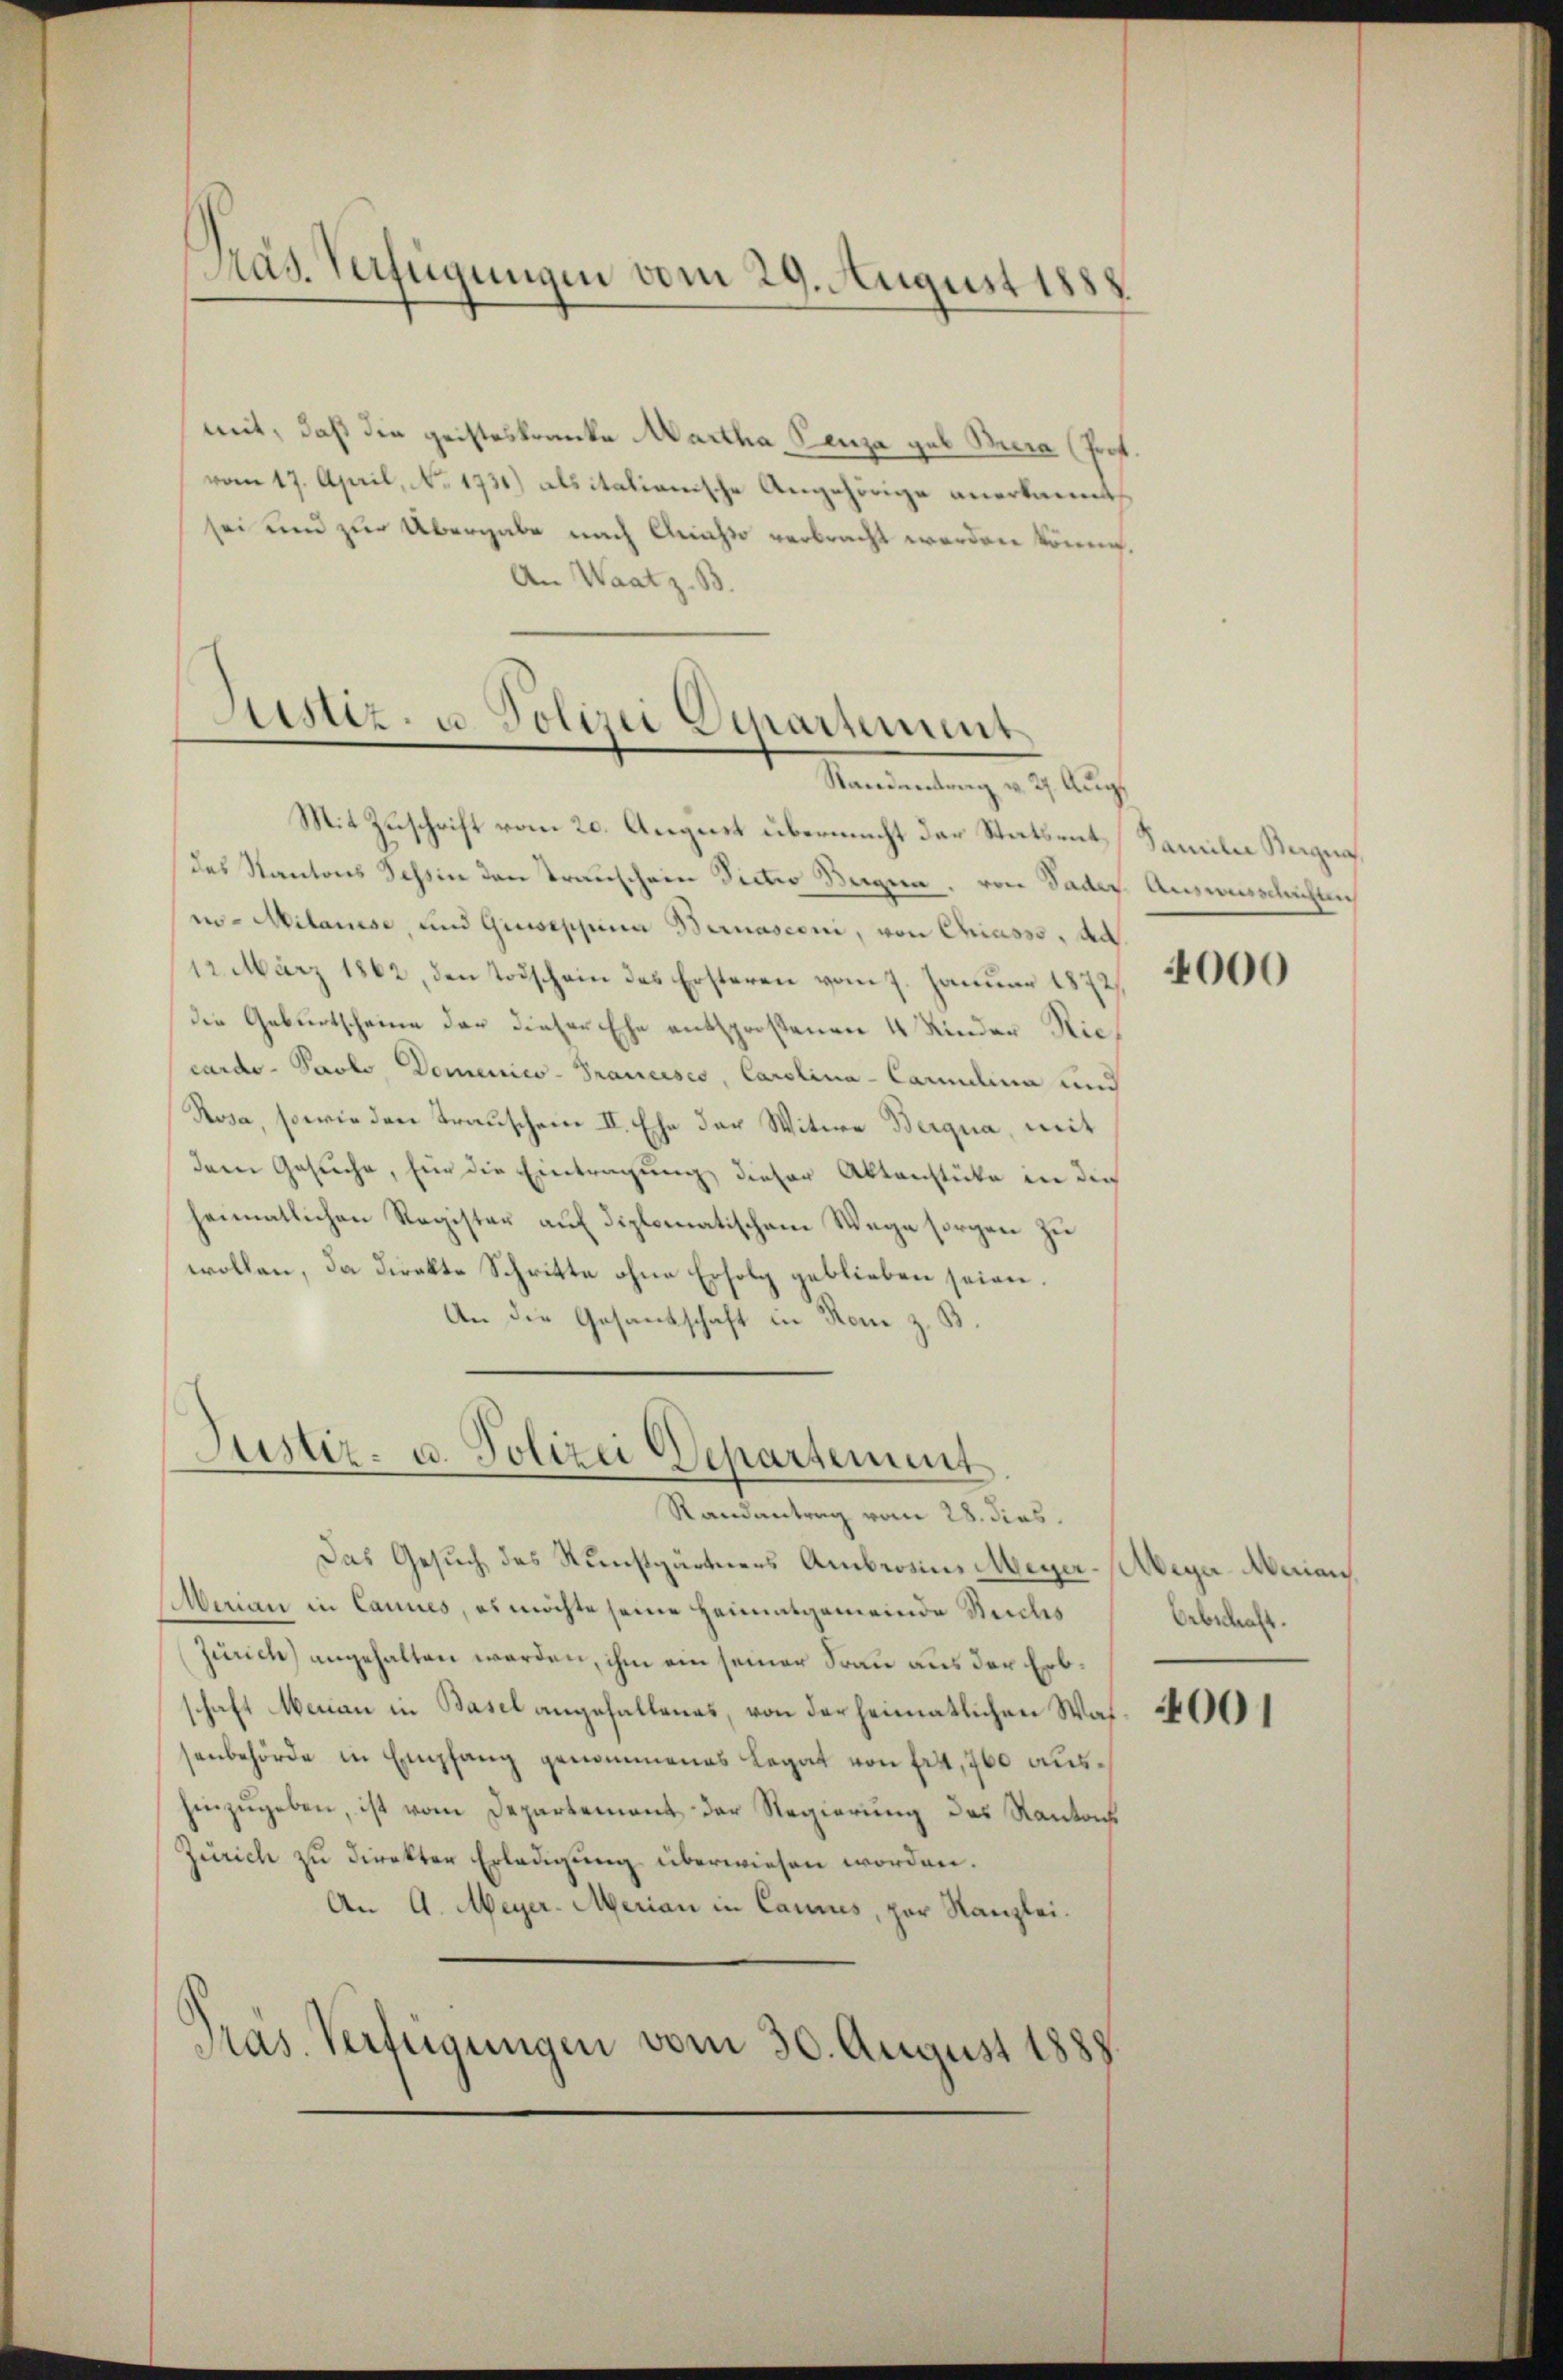
Pras. Verfügungen vom 29. August 1888

mit, daß die geisteskranke Martha, Penza geb. Bera (Prof.
vom 17. April, No. 1731) als italianische Angehörige anerkannt
sei und zur Übergabe nach Anasso verbracht werden können.
An Waatz. B.

Justiz- u. Polizei Departement
Standentrag v. 2. Aug.

Mit Zuschrift vom 20. August übermacht der Statsentdes Kantons Schin den Transchein Sicher Sagen. von Sades Auswusschichten
i- Milanese, und Giuseppina Bernasconi, von Chiasso, ad.
12. März 1862, den Todschein des Ersteren vom 7. Januar 1872,
die Geburtscheine der dieser Ehe entsprossenen 4 Kinder Niecardo - Paolo, Domenico - Prancisco, Carolina - Carolina und
Rosa, sowie den Trauschein II. Ehe der Witwe Bergna, mit
dem Gesuche, für die Eintragung dieser Aktenstücke in dies
heimatlichen Register auf diplomatischem Wege sorgen zu
wollen, da Direkte Schritte ohne Erfolg geblieben seien.
An die Gesandschaft in Rom z. B.

Justiz- u. Polizei Departement
Randantrag vom 28. dies

Das Gesuch des Kunstgärtners Ambereins Meyer-Aege-Merian,
Merian in Cannes, es möchte seine Heimatgemeinde Steiches
Zürich) angehalten werden, ihm ein seiner Frau aus der Erbschaft Merian in Basel angefallenes, von der heimatlichen Was 2000
senbehörde in Empfang genommenes Legat von fr 4, 760 aushinzugeben, ist vom Departement der Regierung des Kantons
Zürich zu direkter Erledigung überwiesen worden.
An A. Meyer-Merian in Cannes, par Kanzlei.
Präs. Verfügungen vom 30. August 1888.

Familie Begna

4000

Oebschaft.